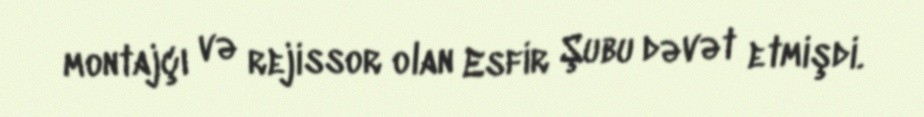
montajçı və rejissor olan Esfir Şubu dəvət etmişdi.